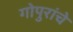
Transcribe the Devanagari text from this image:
गोपुरांचे